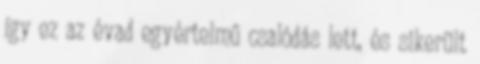
így ez az évad egyértelmű csalódás lett, és sikerült